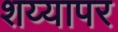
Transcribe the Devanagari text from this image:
शय्यापर